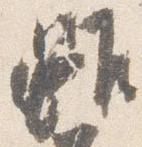
雖